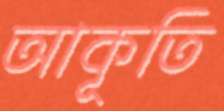
আকূতি